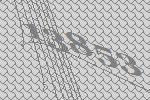
13853